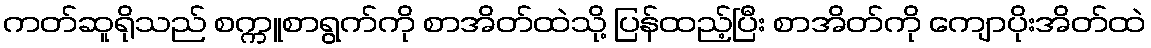
ကတ်ဆူရိုသည် စက္ကူစာရွက်ကို စာအိတ်ထဲသို့ ပြန်ထည့်ပြီး စာအိတ်ကို ကျောပိုးအိတ်ထဲ